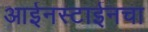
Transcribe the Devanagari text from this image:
आईनस्टाईनचा